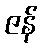
ဇန်